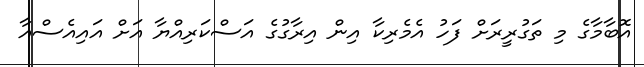
އޮބާމާގެ މި ތަގުރީރަށް ފަހު އެމެރިކާ އިން އިރާގުގެ އަސްކަރިއްޔާ އަށް އައިއެސްއާ